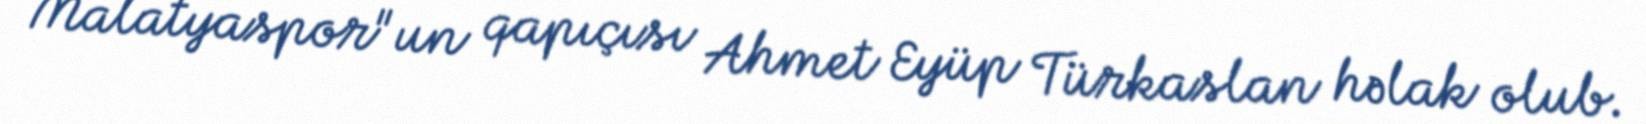
Malatyaspor"un qapıçısı Ahmet Eyüp Türkaslan həlak olub.